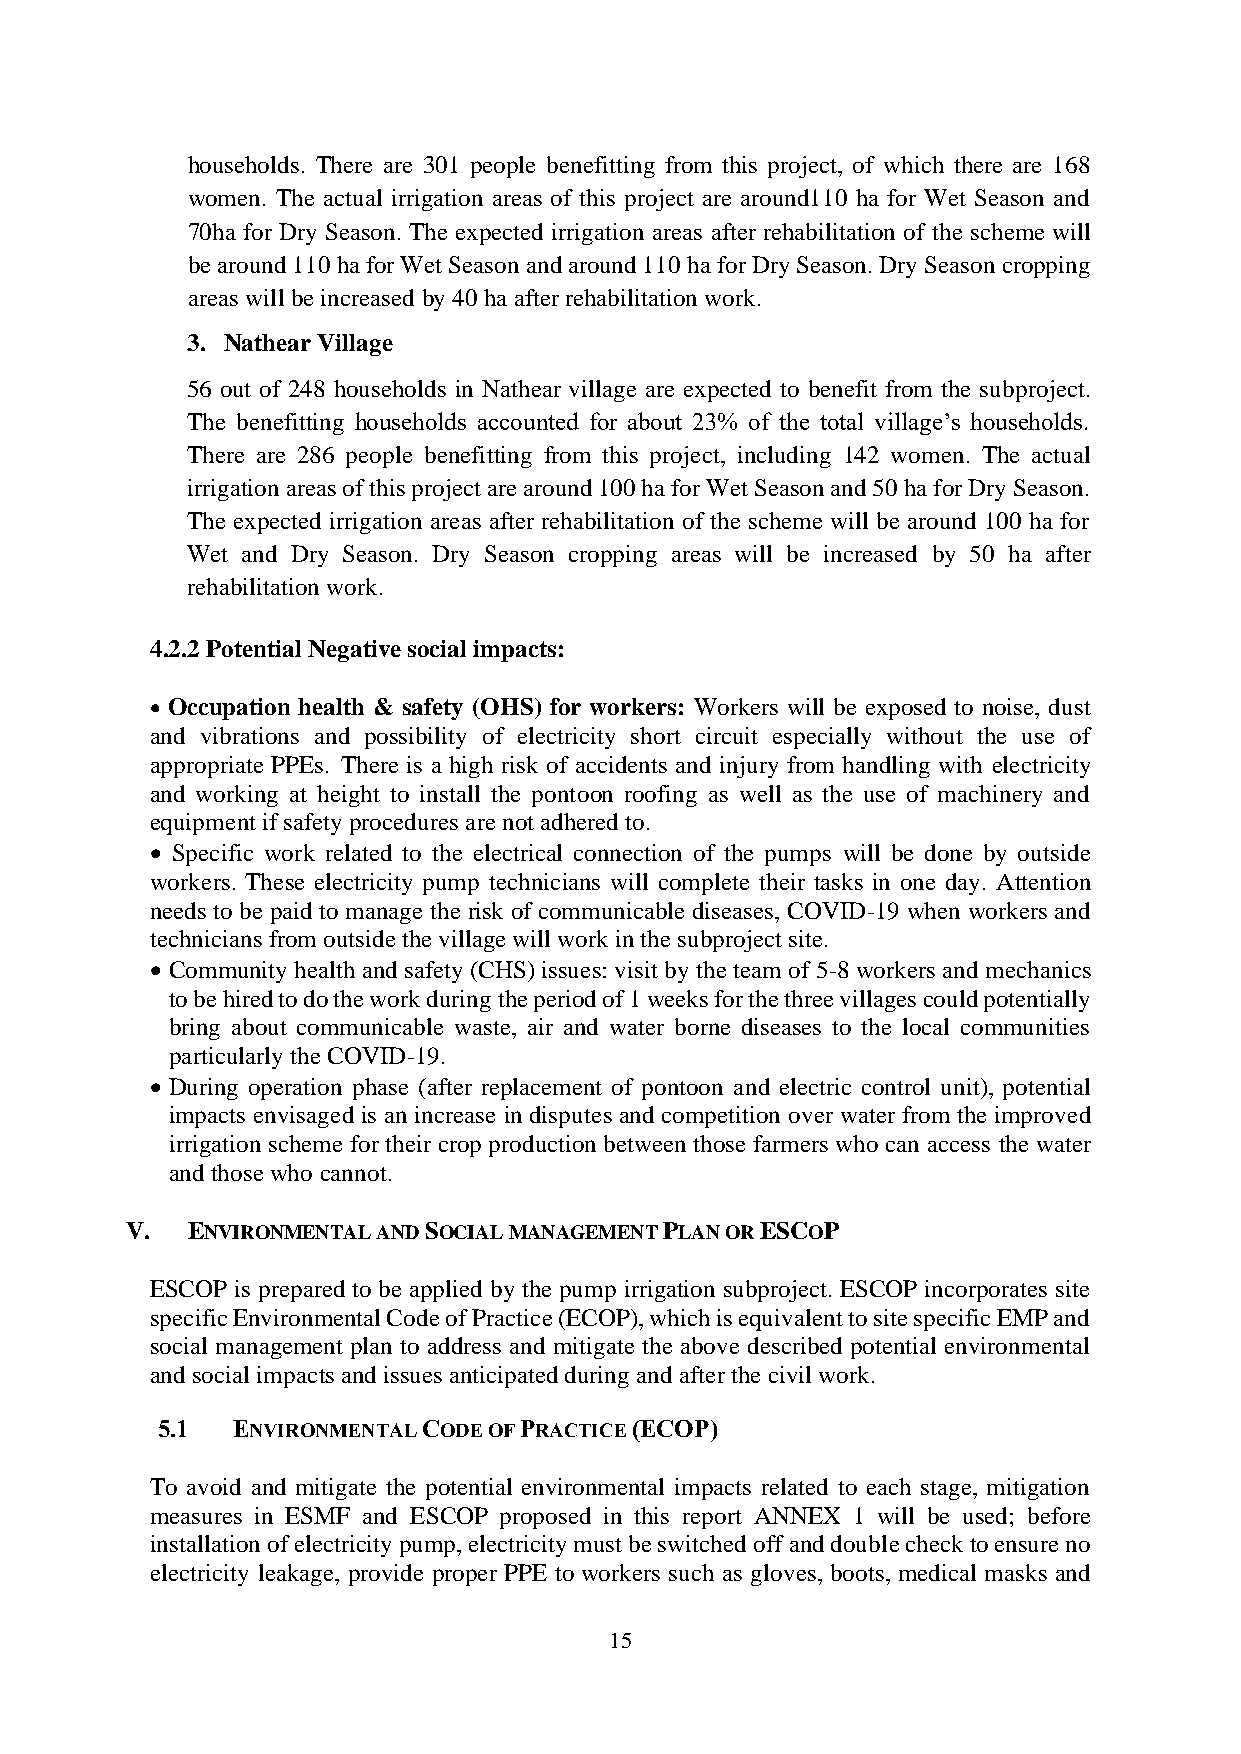
households. There are 301 people benefitting from this project, of which there are 168
 women. The actual irrigation areas of this project are around110 ha for Wet Season and
 70ha for Dry Season. The expected irrigation areas after rehabilitation of the scheme will
 be around 110 ha for Wet Season and around 110 ha for Dry Season. Dry Season cropping
 areas will be increased by 40 ha after rehabilitation work.
 3. Nathear Village
 56 out of 248 households in Nathear village are expected to benefit from the subproject.
 The benefitting households accounted for about 23% of the total village’s households.
 There are 286 people benefitting from this project, including 142 women. The actual
 irrigation areas of this project are around 100 ha for Wet Season and 50 ha for Dry Season.
 The expected irrigation areas after rehabilitation of the scheme will be around 100 ha for
 Wet and Dry Season. Dry Season cropping areas will be increased by 50 ha after
 rehabilitation work.
 4.2.2 Potential Negative social impacts:
 • Occupation health & safety (OHS) for workers: Workers will be exposed to noise, dust
 and vibrations and possibility of electricity short circuit especially without the use of
 appropriate PPEs. There is a high risk of accidents and injury from handling with electricity
 and working at height to install the pontoon roofing as well as the use of machinery and
 equipment if safety procedures are not adhered to.
 • Specific work related to the electrical connection of the pumps will be done by outside
 workers. These electricity pump technicians will complete their tasks in one day. Attention
 needs to be paid to manage the risk of communicable diseases, COVID-19 when workers and
 technicians from outside the village will work in the subproject site.
 • Community health and safety (CHS) issues: visit by the team of 5-8 workers and mechanics
 to be hired to do the work during the period of 1 weeks for the three villages could potentially
 bring about communicable waste, air and water borne diseases to the local communities
 particularly the COVID-19.
 • During operation phase (after replacement of pontoon and electric control unit), potential
 impacts envisaged is an increase in disputes and competition over water from the improved
 irrigation scheme for their crop production between those farmers who can access the water
 and those who cannot.
 V.  ENVIRONMENTAL AND SOCIAL MANAGEMENT PLAN OR ESCOP
 ESCOP is prepared to be applied by the pump irrigation subproject. ESCOP incorporates site
 specific Environmental Code of Practice (ECOP), which is equivalent to site specific EMP and
 social management plan to address and mitigate the above described potential environmental
 and social impacts and issues anticipated during and after the civil work.
 5.1  ENVIRONMENTAL CODE OF PRACTICE (ECOP)
 To avoid and mitigate the potential environmental impacts related to each stage, mitigation
 measures in ESMF and ESCOP proposed in this report ANNEX 1 will be used; before
 installation of electricity pump, electricity must be switched off and double check to ensure no
 electricity leakage, provide proper PPE to workers such as gloves, boots, medical masks and
 15